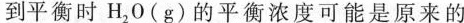
到平衡时H_{2}0(g)的平衡浓度可能是原来的